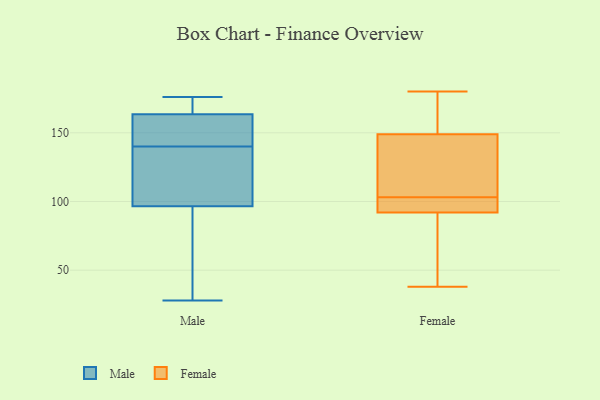
{"axis": {"x": "Website Visitors", "y": "Value"}, "legend": ["Female", "Male"], "data": [{"x": "", "y": 158, "type": "Male"}, {"x": "", "y": 28, "type": "Male"}, {"x": "", "y": 107, "type": "Male"}, {"x": "", "y": 106, "type": "Male"}, {"x": "", "y": 154, "type": "Male"}, {"x": "", "y": 87, "type": "Male"}, {"x": "", "y": 158, "type": "Male"}, {"x": "", "y": 176, "type": "Male"}, {"x": "", "y": 172, "type": "Male"}, {"x": "", "y": 173, "type": "Male"}, {"x": "", "y": 76, "type": "Male"}, {"x": "", "y": 83, "type": "Male"}, {"x": "", "y": 149, "type": "Male"}, {"x": "", "y": 131, "type": "Male"}, {"x": "", "y": 169, "type": "Male"}, {"x": "", "y": 122, "type": "Male"}, {"x": "", "y": 104, "type": "Female"}, {"x": "", "y": 180, "type": "Female"}, {"x": "", "y": 92, "type": "Female"}, {"x": "", "y": 143, "type": "Female"}, {"x": "", "y": 149, "type": "Female"}, {"x": "", "y": 152, "type": "Female"}, {"x": "", "y": 102, "type": "Female"}, {"x": "", "y": 95, "type": "Female"}, {"x": "", "y": 102, "type": "Female"}, {"x": "", "y": 81, "type": "Female"}, {"x": "", "y": 72, "type": "Female"}, {"x": "", "y": 121, "type": "Female"}, {"x": "", "y": 144, "type": "Female"}, {"x": "", "y": 100, "type": "Female"}, {"x": "", "y": 38, "type": "Female"}, {"x": "", "y": 158, "type": "Female"}, {"x": "", "y": 178, "type": "Female"}, {"x": "", "y": 82, "type": "Female"}]}